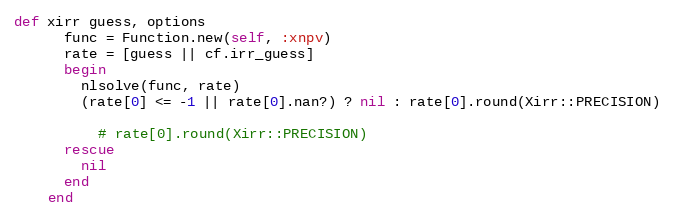
Language: Ruby
def xirr guess, options
      func = Function.new(self, :xnpv)
      rate = [guess || cf.irr_guess]
      begin
        nlsolve(func, rate)
        (rate[0] <= -1 || rate[0].nan?) ? nil : rate[0].round(Xirr::PRECISION)

          # rate[0].round(Xirr::PRECISION)
      rescue
        nil
      end
    end